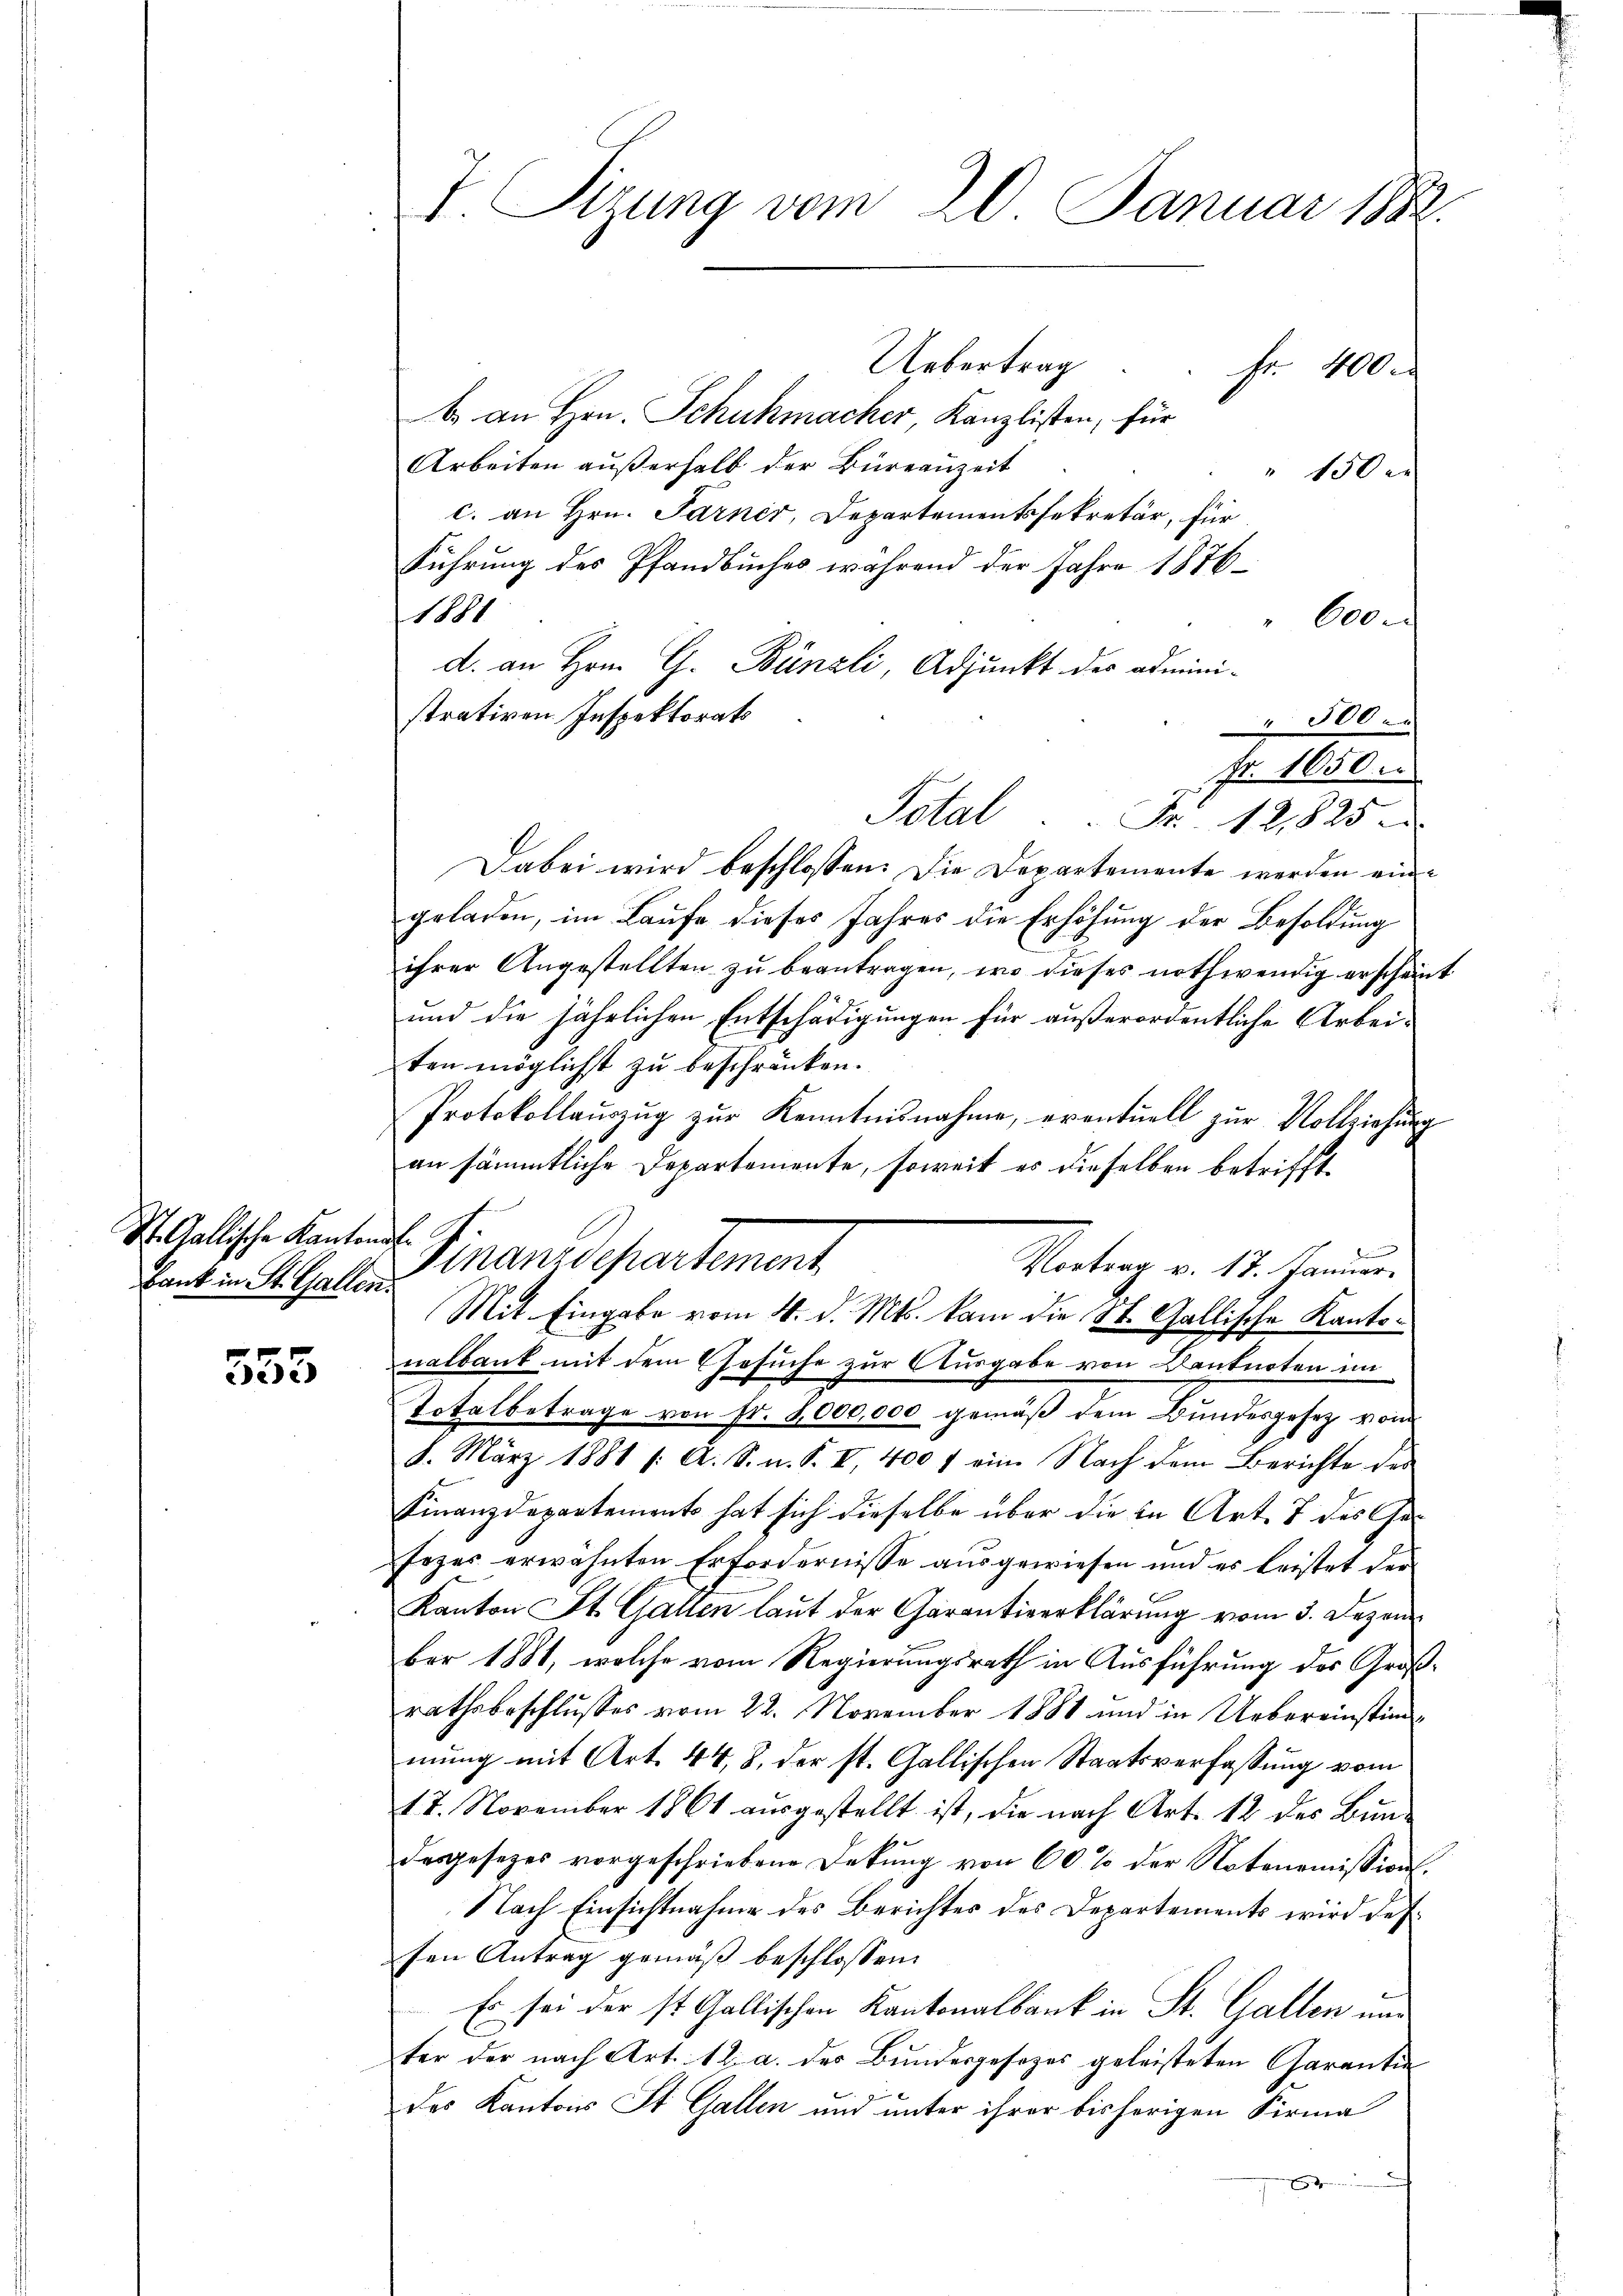
St. Gallische Kantonal
bank in St. Gallen.

355

Uebertrag . . fr. 400.
b. an Hrn. Schuhmacher, Kanzlisten, für
Arbeiten außerhalb der Büreauzeit
" 150 r
c. an Hrn. Farner, Departementssekretär, für
Führung des Pfandbuches während der Jahre 1876
1881
600.
d. an Hrn. Ch. Bünzli, Adjunkt des admini-
strativen Inspektorats
 500.
Fr. 1650.
Total. Fr. 12,825.
Dabei wird beschlossen: Die Departemente werden eingeladen, im Laufe dieses Jahres die Erhöhung der Besoldung
ihrer Angestellten zŭ beantragen, wo dieses nothwendig erscheint
und die jährlichen Entschädigungen für außerordentliche Arbei-
ten möglichst zu beschränken.
Protokollauszug zur Kenntnisnahme, eventuell zur Vollziehung
an sämmtliche Departemente, soweit es dieselben betrifft
Finanzdepartement
Vortrag v. 17. Januar.
Mit Eingabe vom 4. d. Mts. kam die St. Gallische Kantonalbank mit dem Gesuche zur Ausgabe von Centnoten im
Totalbetrage von sr. 8000,000 gemäß dem Bundesgesetz vom
8. März 1881 /: A. S. u. S. I, 400 f ein Nach dem Berichte der
Finanzdepartements hat sich dieselbe über die in Art. 7 des Ge¬
Erzer erwähnten Erfordernisse ausgewiesen und es leistet der
Kanton St. Gallen laut der Garantiverklärung vom 3. Dezem
ber 1881, welche vom Regierungsrath in Ausführung des Großrathsbeschlusses vom 22. November 1888 und in Uebereinstimmung mit Art. 44, 8. der st. Gallischen Staatsverfassung vom
17. November 1861 ausgestellt ist, die nach Art. 12 des Bundesgesezes vorgeschriebene Dekung von 60 % der Notonomissions¬
Nach Einsichtnahme des Berichtes des Departements wird des
sen Antrag gemäß beschlossen:
Es sei der st. Gallischen Kantonalbank in St. Gallen und
ter der nach Art. 12. a. der Bŭndesgesezes geleisteten Garantin
des Kantons St. Gallen und unter ihrer bisherigen Firma

T. Tizung vom 20. Januar 1882.